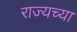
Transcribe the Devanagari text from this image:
राज्यच्या